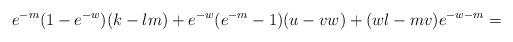
LaTeX: \begin{align*} e^{-m}(1-e^{-w})(k-lm)+e^{-w}(e^{-m}-1)(u-vw)+(wl-mv)e^{-w-m}= \end{align*}